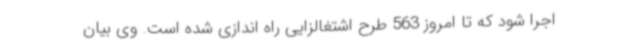
اجرا شود که تا امروز 563 طرح اشتغالزایی راه اندازی شده است. وی بیان